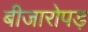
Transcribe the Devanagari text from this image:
बीजारोपड़